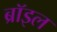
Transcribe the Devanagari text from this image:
ब्रॉइल